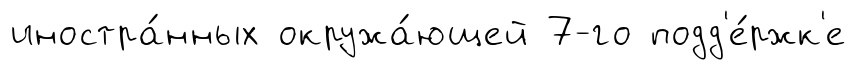
иностра́нных окружа́ющей 7-го подд'е́ржк'е